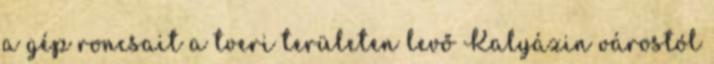
a gép roncsait a tveri területen levő Kalyázin várostól